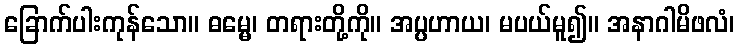
ခြောက်ပါးကုန်သော။ ဓမ္မေ၊ တရားတို့ကို။ အပ္ပဟာယ၊ မပယ်မူ၍။ အနာဂါမိဖလံ၊